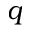
q